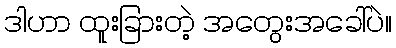
ဒါဟာ ထူးခြားတဲ့ အတွေးအခေါ်ပဲ။